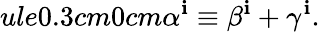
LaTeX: ule{0.3cm}{0cm}\alpha^{\mathbf{i}}\equiv\beta^{\mathbf{i}}+\gamma^{\mathbf{i}}.